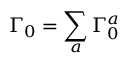
\Gamma _ { 0 } = \sum _ { a } \Gamma _ { 0 } ^ { a }